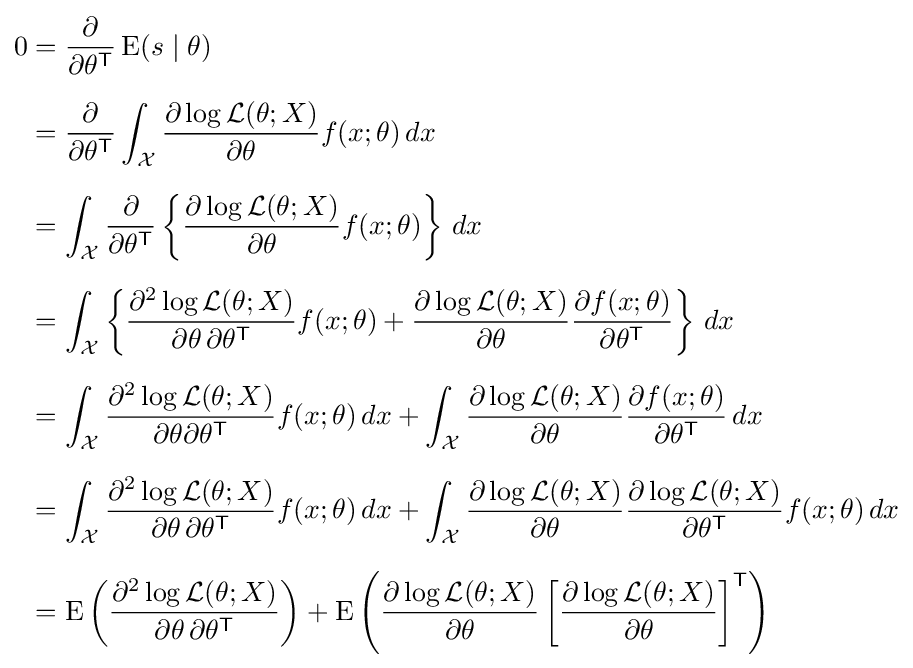
{\begin{aligned}0&={\frac {\partial }{\partial \theta ^{\mathsf {T}}}}\operatorname {E} (s\mid \theta )\\[6pt]&={\frac {\partial }{\partial \theta ^{\mathsf {T}}}}\int _{\mathcal {X}}{\frac {\partial \log {\mathcal {L}}(\theta ;X)}{\partial \theta }}f(x;\theta )\,dx\\[6pt]&=\int _{\mathcal {X}}{\frac {\partial }{\partial \theta ^{\mathsf {T}}}}\left\{{\frac {\partial \log {\mathcal {L}}(\theta ;X)}{\partial \theta }}f(x;\theta )\right\}\,dx\\[6pt]&=\int _{\mathcal {X}}\left\{{\frac {\partial ^{2}\log {\mathcal {L}}(\theta ;X)}{\partial \theta \,\partial \theta ^{\mathsf {T}}}}f(x;\theta )+{\frac {\partial \log {\mathcal {L}}(\theta ;X)}{\partial \theta }}{\frac {\partial f(x;\theta )}{\partial \theta ^{\mathsf {T}}}}\right\}\,dx\\[6pt]&=\int _{\mathcal {X}}{\frac {\partial ^{2}\log {\mathcal {L}}(\theta ;X)}{\partial \theta \partial \theta ^{\mathsf {T}}}}f(x;\theta )\,dx+\int _{\mathcal {X}}{\frac {\partial \log {\mathcal {L}}(\theta ;X)}{\partial \theta }}{\frac {\partial f(x;\theta )}{\partial \theta ^{\mathsf {T}}}}\,dx\\[6pt]&=\int _{\mathcal {X}}{\frac {\partial ^{2}\log {\mathcal {L}}(\theta ;X)}{\partial \theta \,\partial \theta ^{\mathsf {T}}}}f(x;\theta )\,dx+\int _{\mathcal {X}}{\frac {\partial \log {\mathcal {L}}(\theta ;X)}{\partial \theta }}{\frac {\partial \log {\mathcal {L}}(\theta ;X)}{\partial \theta ^{\mathsf {T}}}}f(x;\theta )\,dx\\[6pt]&=\operatorname {E} \left({\frac {\partial ^{2}\log {\mathcal {L}}(\theta ;X)}{\partial \theta \,\partial \theta ^{\mathsf {T}}}}\right)+\operatorname {E} \left({\frac {\partial \log {\mathcal {L}}(\theta ;X)}{\partial \theta }}\left[{\frac {\partial \log {\mathcal {L}}(\theta ;X)}{\partial \theta }}\right]^{\mathsf {T}}\right)\end{aligned}}